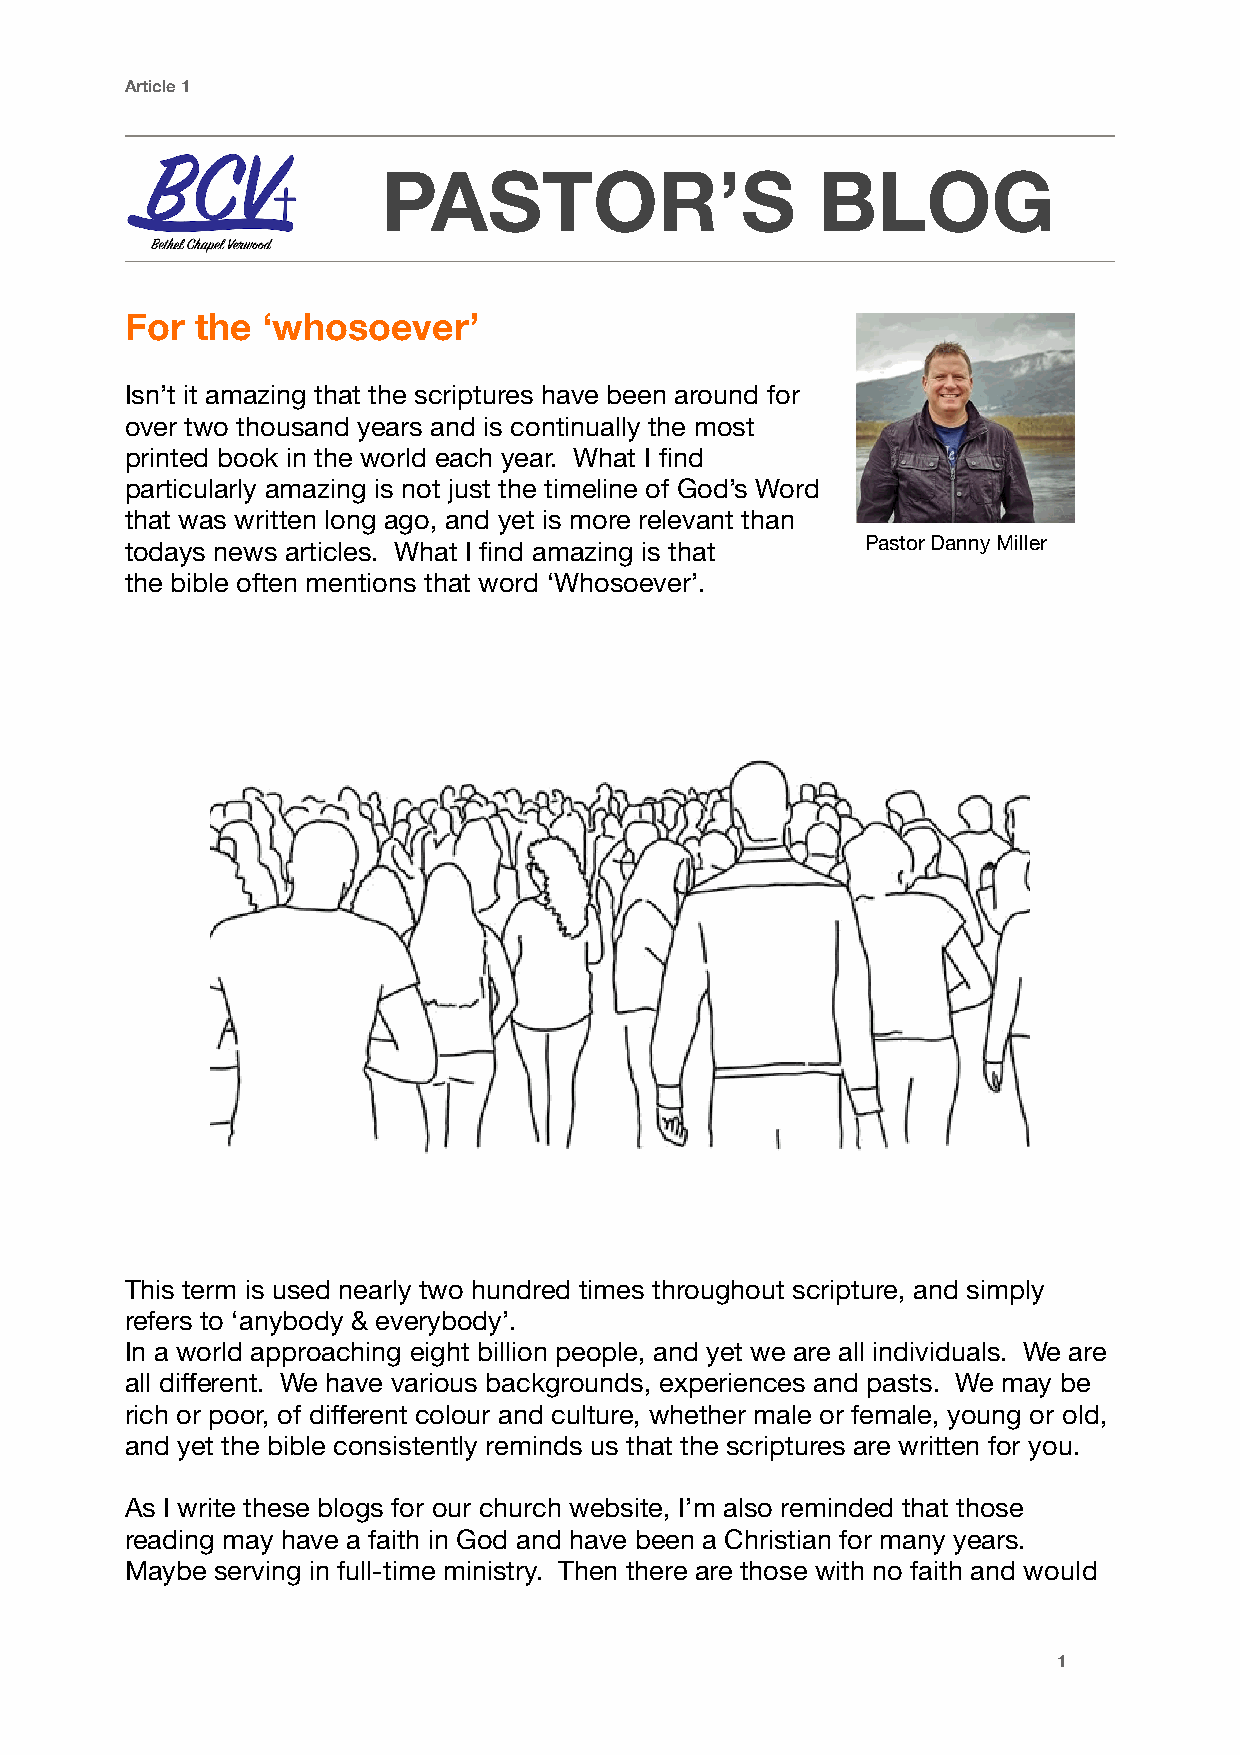
Article 1
 PASTOR’S                     BLOG
 For  the ‘whosoever’
 Isn’t it amazing that the scriptures have been around for
 over two thousand years and is continually the most
 printed book in the world each year. What I find
 particularly amazing is not just the timeline of God’s Word
 that was written long ago, and yet is more relevant than
 todays news articles. What I find amazing is that Pastor Danny Miller
 the bible often mentions that word ‘Whosoever’.
 This term is used nearly two hundred times throughout scripture, and simply
 refers to ‘anybody & everybody’.
 In a world approaching eight billion people, and yet we are all individuals. We are
 all different. We have various backgrounds, experiences and pasts. We may be
 rich or poor, of different colour and culture, whether male or female, young or old,
 and yet the bible consistently reminds us that the scriptures are written for you.
 As I write these blogs for our church website, I’m also reminded that those
 reading may have a faith in God and have been a Christian for many years.
 Maybe serving in full-time ministry. Then there are those with no faith and would
 1